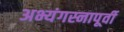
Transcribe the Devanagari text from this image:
अभ्यंगस्नापूर्वी